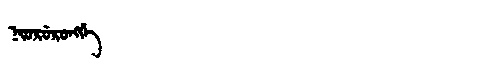
Manchu: ᠨᡳᠣᡵᡠᡵᠣᠩᡤᡝ
Romanization: NIORURONGGE